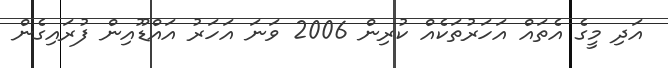
އަދި މީގެ އެތައް އަހަރުތަކެއް ކުރިން 2006 ވަނަ އަހަރު އައްޑޫއިން ފުރައިގެން